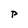
Character: P